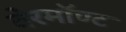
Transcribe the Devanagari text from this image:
वेरमॉण्ट